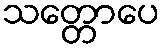
သတ္တောပေ